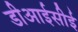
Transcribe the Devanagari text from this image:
डीआईसीई